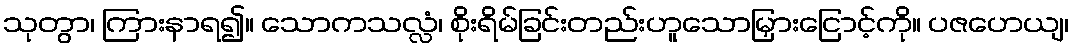
သုတွာ၊ ကြားနာရ၍။ သောကသလ္လံ၊ စိုးရိမ်ခြင်းတည်းဟူသောမြှားငြောင့်ကို။ ပဇဟေယျ၊